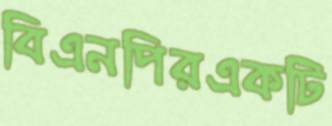
বিএনপিরএকটি